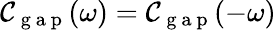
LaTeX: \mathcal{C}_{\mathrm{~g~a~p~}}(\omega)=\mathcal{C}_{\mathrm{~g~a~p~}}(-\omega)